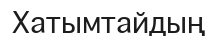
Хатымтайдың